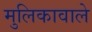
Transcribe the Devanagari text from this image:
मुलिकावाले